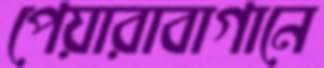
পেয়ারাবাগানে